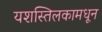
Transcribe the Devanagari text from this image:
यशस्तिलकामधून